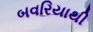
બવરિયાથી